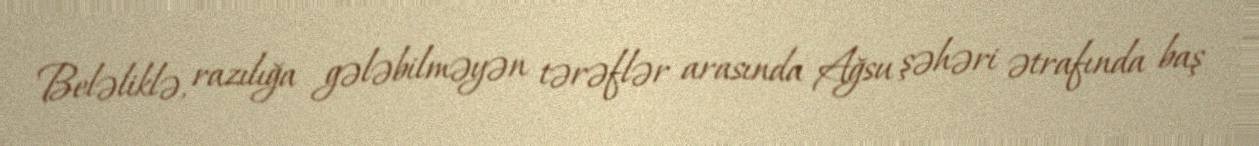
Beləliklə, razılığa gələbilməyən tərəflər arasında Ağsu şəhəri ətrafında baş